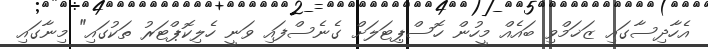
އެހާދިސާގައި ޒަޚަމްވި ބައެއް މީހުން ހޮސްޕިޓަލަށް ގެނެސްފައި ވަނީ ހެލިކޮޕްޓަރު ތަކުގައި" މިނާގައި